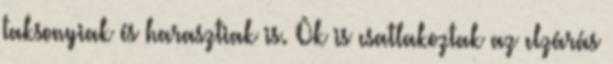
taksonyiak és harasztiak is. Õk is csatlakoztak az elzárás